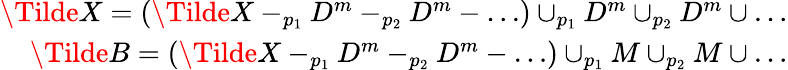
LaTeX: \begin{array}{r}{\Tilde{X}=(\Tilde{X}-_{p_{1}}D^{m}-_{p_{2}}D^{m}-\dots)\cup_{p_{1}}D^{m}\cup_{p_{2}}D^{m}\cup\dots}\\ {\Tilde{B}=(\Tilde{X}-_{p_{1}}D^{m}-_{p_{2}}D^{m}-\dots)\cup_{p_{1}}M\cup_{p_{2}}M\cup\dots}\end{array}